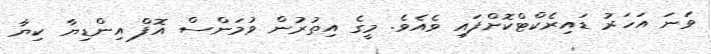
ވަނަ އަހަރު ޑައިރެކްޓްކޮށްފައި ވެއެވެ. މީގެ އިތުރުން ވުމަންސް އޮފް އިންޑިޔާ ކިޔާ